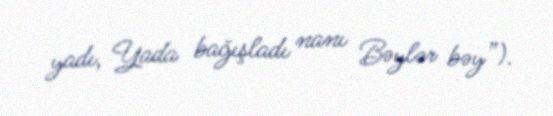
yadı, Yada bağışladı nanı Bəylər bəy”).